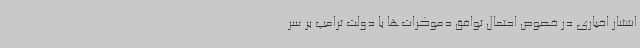
انتشار اخباری در خصوص احتمال توافق دموکرات‌ها با دولت ترامپ بر سر